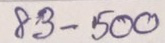
83 - 500